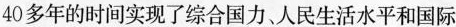
40多年的时间实现了综合国力、人民生活水平和国际